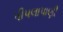
પીપલાપાણી